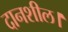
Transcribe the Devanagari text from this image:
दानशील।